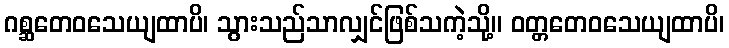
ဂစ္ဆတေဝသေယျထာပိ၊ သွားသည်သာလျှင်ဖြစ်သကဲ့သို့။ ဝတ္တတေဝသေယျထာပိ၊